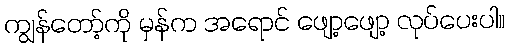
ကျွန်တော့်ကို မှန်က အရောင် ဖျော့ဖျော့ လုပ်ပေးပါ။